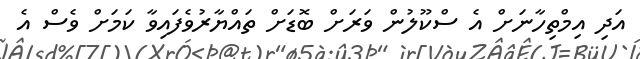
އަދި އިމްތިހާނަށް އެ ސްކޫލުން ވަރަށް ބޮޑަށް ތައްޔާރުވެފައިވާ ކަމަށް ވެސް އެ